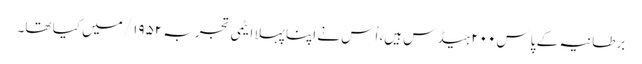
برطانیہ کے پاس ۲۰۰ ہیڈس ہیں، اُس نے اپنا پہلا ایٹمی تجربہ ۱۹۵۲/ میں کیا تھا۔